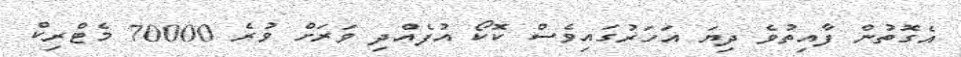
އެގޮތުން ފާއިތުވެ ދިޔަ އަހަރުގައިވެސް ކޮކޯ އުފެއްދި ވަރަށް ވުރެ 70000 މެޓްރިކް